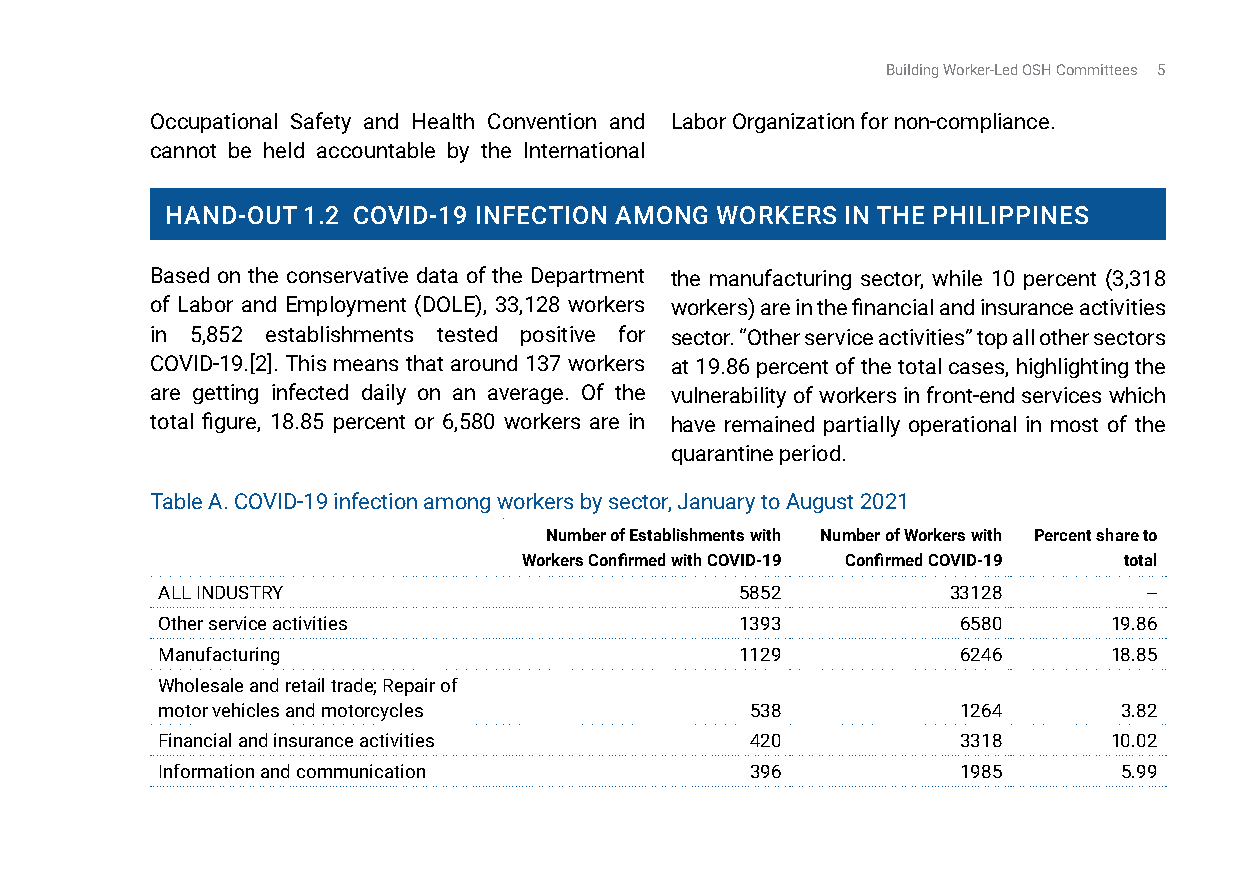
Building Worker-Led OSH Committees 5
 Occupational Safety and Health Convention and Labor Organization for non-compliance.
 cannot be held accountable by the International
 Hand-OuT 1.2 COvid-19 infECTiOn aMOng WOrkErS in THE PHiliPPinES
 Based on the conservative data of the Department the manufacturing sector, while 10 percent (3,318
 of Labor and Employment (DOLE), 33,128 workers workers) are in the financial and insurance activities
 in 5,852 establishments tested positive for sector. “Other service activities” top all other sectors
 COVID-19.[2]. This means that around 137 workers at 19.86 percent of the total cases, highlighting the
 are getting infected daily on an average. Of the vulnerability of workers in front-end services which
 total figure, 18.85 percent or 6,580 workers are in have remained partially operational in most of the
 quarantine period.
 Table A. COVID-19 infection among workers by sector, January to August 2021
 Number of Establishments with Number of Workers with Percent share to
 Workers Confirmed with COVID-19 Confirmed COVID-19 total
 ALL INDUSTRY                           5852          33128        --
 Other service activities               1393           6580     19.86
 Manufacturing                          1129           6246     18.85
 Wholesale and retail trade; Repair of
 motor vehicles and motorcycles          538           1264      3.82
 Financial and insurance activities      420           3318     10.02
 Information and communication           396           1985      5.99